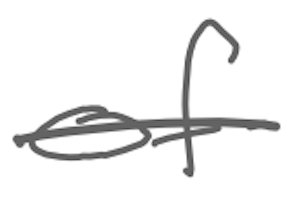
Text: of
Cross-out: single-line
Writing tool: digital_gray